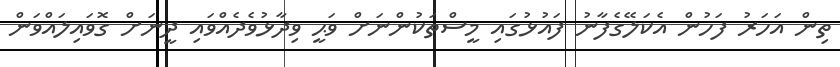
ތިން އަހަރު ފަހުން އެކަލޭގެފާނު ފައުޅުގައި މީސްތަކުންނަށް ވަޙީ ވިދާޅުވެދެއްވައި ދީނަށް ގޮވައިލައްވަން